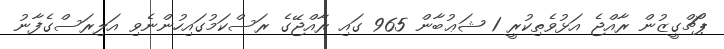
ޕޯޗްގީޒުން ރާއްޖެ އަޅުވެތިކުރީ 1 ޝަޢުބާން 965 ގައި ރާއްޖޭގެ ރަސްކަމުގައިހުންނެވި އަލިރަސްގެފާނު